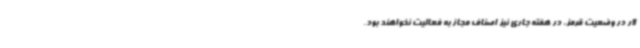
لار در وضعیت قرمز، در هفته جاری نیز اصناف مجاز به فعالیت نخواهند بود.